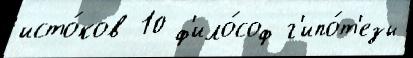
исто́ков 10 ф'ило́соф г'ипо́т'езы